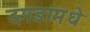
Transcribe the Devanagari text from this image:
दगडांमधे